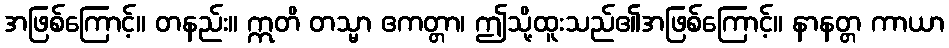
အဖြစ်ကြောင့်။ တနည်း။ ဣတိ တသ္မာ ဧကတ္တာ၊ ဤသို့ထူးသည်၏အဖြစ်ကြောင့်။ နာနတ္တ ကာယာ